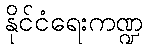
နိုင်ငံရေးကဏ္ဍ